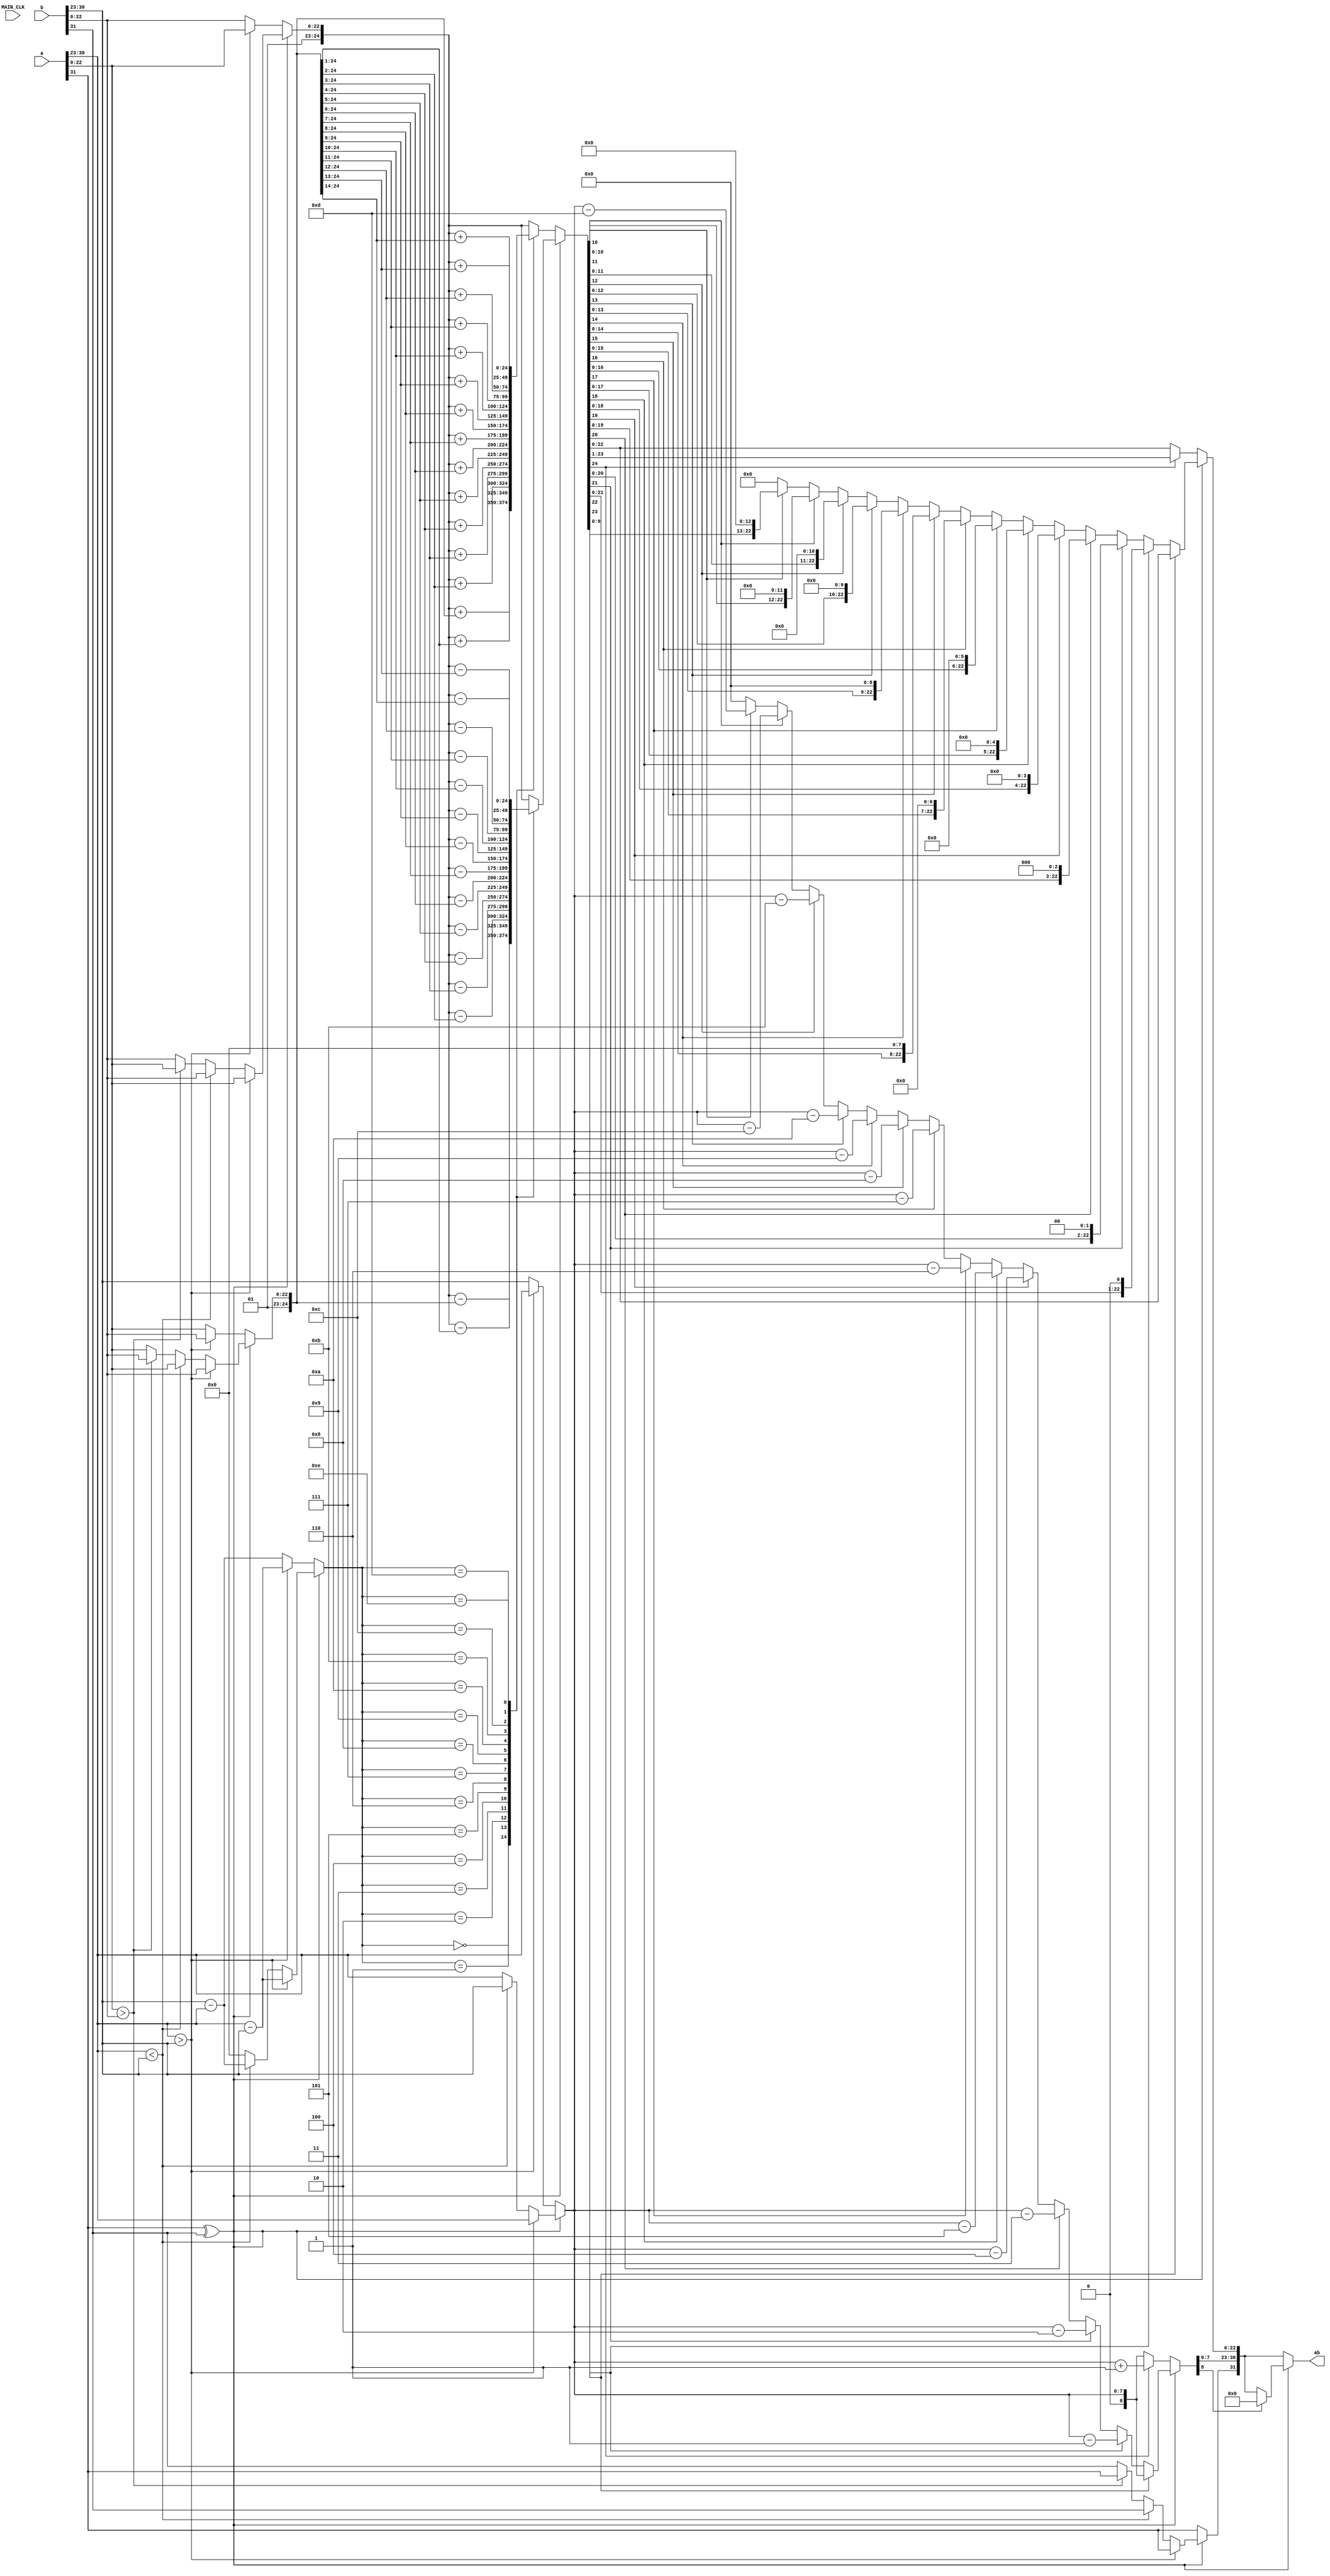
module add    //
(
	input wire MAIN_CLK,    
	input wire [31:0] a,
	input wire [31:0] b,
	
	output wire [31:0] ab
);
 
reg [7:0] pow_a;
reg [7:0] pow_b;
reg [22:0] val_a;
reg [22:0] val_b;
reg flag_a;
reg flag_b;
reg flag;

//
reg [24:0] val_max;
reg [24:0] val_min; 
reg [7:0] pow_diff;
reg [7:0] pow_ab1;
reg flag1;

//
reg [7:0] pow_ab2;
reg [24:0] val_ab1;
reg flag2;

//
reg [8:0] pow_ab3;
reg [23:0] val_ab2;
reg flag3;


always @(* )
begin

	flag_a = a[31];   //
	flag_b= b[31];
	flag = flag_a^flag_b;
	pow_a = a[30:23];
	pow_b = b[30:23];
	val_a = a[22:0];
	val_b = b[22:0];
	if (flag ) begin 
		if(pow_a > pow_b)    
		begin
			flag1 = flag_a;  //a
			pow_ab1 = pow_a;
			pow_diff = pow_a - pow_b;
			val_max = {2'b01,val_a};
			val_min = {2'b01,val_b};
		end
	else if(pow_a < pow_b) 
		begin
			flag1 = flag_b;  //b
			pow_ab1 = pow_b;
			pow_diff = pow_b - pow_a;
			val_max = {2'b01,val_b};
			val_min = {2'b01,val_a};
		end
	else
		begin
			pow_ab1 = pow_a;
			pow_diff = 0;
			if(val_a > val_b)
				begin
					flag1 = flag_a;  //a
					val_max = {2'b01,val_a};
					val_min = {2'b01,val_b};
				end
			else //if(val_a < val_b)
				begin
					flag1 = flag_b;  //b
					val_max = {2'b01,val_b};
					val_min = {2'b01,val_a};
				end 
		end 
	end
	
	else begin
		flag1 = flag_a;
	if(pow_a > pow_b)    
		begin
			pow_ab1 = pow_a;
			pow_diff = pow_a - pow_b;
			val_max = {2'b01,val_a};
			val_min = {2'b01,val_b};
		end
	else 
		begin
			pow_ab1 = pow_b;
			pow_diff = pow_b - pow_a;
			val_max = {2'b01,val_b};
			val_min = {2'b01,val_a};
		end
	
	end
	
		flag2 = flag1;
	pow_ab2 = pow_ab1;
	if (flag) begin
	case(pow_diff)
		0: begin val_ab1 = val_max - val_min; end
		1: begin val_ab1 = val_max - {1'b0,val_min[24:1]}; end
		2: begin val_ab1 = val_max - {2'b0,val_min[24:2]}; end
		3: begin val_ab1 = val_max - {3'b0,val_min[24:3]}; end
		4: begin val_ab1 = val_max - {4'b0,val_min[24:4]}; end
		5: begin val_ab1 = val_max - {5'b0,val_min[24:5]}; end
		6: begin val_ab1 = val_max - {6'b0,val_min[24:6]}; end
		7: begin val_ab1 = val_max - {7'b0,val_min[24:7]}; end
		8: begin val_ab1 = val_max - {8'b0,val_min[24:8]}; end
		9: begin val_ab1 = val_max - {9'b0,val_min[24:9]}; end
		10: begin val_ab1 = val_max - {10'b0,val_min[24:10]}; end
		11: begin val_ab1 = val_max - {11'b0,val_min[24:11]}; end
		12: begin val_ab1 = val_max - {12'b0,val_min[24:12]}; end
		13: begin val_ab1 = val_max - {13'b0,val_min[24:13]}; end
		14: begin val_ab1 = val_max - {14'b0,val_min[24:14]}; end
//		15: begin val_ab1 <= val_max - {15'b0,val_min[24:15]}; end
//		16: begin val_ab1 <= val_max - {16'b0,val_min[24:16]}; end
//		17: begin val_ab1 <= val_max - {17'b0,val_min[24:17]}; end
//		18: begin val_ab1 <= val_max - {18'b0,val_min[24:18]}; end
//		19: begin val_ab1 <= val_max - {19'b0,val_min[24:19]}; end
//		20: begin val_ab1 <= val_max - {20'b0,val_min[24:20]}; end
//		21: begin val_ab1 <= val_max - {21'b0,val_min[24:21]}; end
//		22: begin val_ab1 <= val_max - {22'b0,val_min[24:22]}; end
//		23: begin val_ab1 <= val_max - {23'b0,val_min[24:23]}; end
		default: begin val_ab1 = val_max; end
	endcase 
	end
	else begin
	case(pow_diff)
		0: begin val_ab1 = val_max + val_min; end
		1: begin val_ab1 = val_max + {1'b0,val_min[24:1]}; end
		2: begin val_ab1 = val_max + {2'b0,val_min[24:2]}; end
		3: begin val_ab1 = val_max + {3'b0,val_min[24:3]}; end
		4: begin val_ab1 = val_max + {4'b0,val_min[24:4]}; end
		5: begin val_ab1 = val_max + {5'b0,val_min[24:5]}; end
		6: begin val_ab1 = val_max + {6'b0,val_min[24:6]}; end
		7: begin val_ab1 = val_max + {7'b0,val_min[24:7]}; end
		8: begin val_ab1 = val_max + {8'b0,val_min[24:8]}; end
		9: begin val_ab1 = val_max + {9'b0,val_min[24:9]}; end
		10: begin val_ab1 = val_max + {10'b0,val_min[24:10]}; end
		11: begin val_ab1 = val_max + {11'b0,val_min[24:11]}; end
		12: begin val_ab1 = val_max + {12'b0,val_min[24:12]}; end
		13: begin val_ab1 = val_max + {13'b0,val_min[24:13]}; end
		14: begin val_ab1 = val_max + {14'b0,val_min[24:14]}; end
//		15: begin val_ab1 <= val_max + {15'b0,val_min[24:15]}; end
//		16: begin val_ab1 <= val_max + {16'b0,val_min[24:16]}; end
//		17: begin val_ab1 <= val_max + {17'b0,val_min[24:17]}; end
//		18: begin val_ab1 <= val_max + {18'b0,val_min[24:18]}; end
//		19: begin val_ab1 <= val_max + {19'b0,val_min[24:19]}; end
//		20: begin val_ab1 <= val_max + {20'b0,val_min[24:20]}; end
//		21: begin val_ab1 <= val_max + {21'b0,val_min[24:21]}; end
//		22: begin val_ab1 <= val_max + {22'b0,val_min[24:22]}; end
//		23: begin val_ab1 <= val_max + {23'b0,val_min[24:23]}; end
		default: begin val_ab1 = val_max; end
	endcase 
	end
	
	if (flag) begin 
	flag3 = flag2;
	if(val_ab1[23] == 1)   //
		begin
			pow_ab3 = pow_ab2;
			val_ab2 = val_ab1[23:0]; //
		end
	else if(val_ab1[22] == 1)
		begin
			pow_ab3 = pow_ab2 - 1;
			val_ab2 = {val_ab1[22:0],1'b0}; //			
		end
	else if(val_ab1[21] == 1)
		begin
			pow_ab3 = pow_ab2 - 2;
			val_ab2 = {val_ab1[21:0],2'b0}; //			
		end
	else if(val_ab1[20] == 1)
		begin
			pow_ab3 = pow_ab2 - 3;
			val_ab2 = {val_ab1[20:0],3'b0}; //			
		end
	else if(val_ab1[19] == 1)
		begin
			pow_ab3 = pow_ab2 - 4;
			val_ab2 = {val_ab1[19:0],4'b0}; //			
		end
	else if(val_ab1[18] == 1)
		begin
			pow_ab3 = pow_ab2 - 5;
			val_ab2 = {val_ab1[18:0],5'b0}; //			
		end
	else if(val_ab1[17] == 1)
		begin
			pow_ab3 = pow_ab2 - 6;
			val_ab2 = {val_ab1[17:0],6'b0}; //			
		end
	else if(val_ab1[16] == 1)
		begin
			pow_ab3 = pow_ab2 - 7;
			val_ab2 = {val_ab1[16:0],7'b0}; //			
		end
	else if(val_ab1[15] == 1)
		begin
			pow_ab3 = pow_ab2 - 8;
			val_ab2 = {val_ab1[15:0],8'b0}; //			
		end
	else if(val_ab1[14] == 1)
		begin
			pow_ab3 = pow_ab2 - 9;
			val_ab2 = {val_ab1[14:0],9'b0}; //			
		end
	else if(val_ab1[13] == 1)
		begin
			pow_ab3 = pow_ab2 - 10;
			val_ab2 = {val_ab1[13:0],10'b0}; //			
		end
	else if(val_ab1[12] == 1)
		begin
			pow_ab3 = pow_ab2 - 11;
			val_ab2 = {val_ab1[12:0],11'b0}; //			
		end
	else if(val_ab1[11] == 1)
		begin
			pow_ab3 = pow_ab2 - 12;
			val_ab2 = {val_ab1[11:0],12'b0}; //			
		end
	else if(val_ab1[10] == 1)
		begin
			pow_ab3 = pow_ab2 - 13;
			val_ab2 = {val_ab1[10:0],13'b0}; //			
		end		
	else
		begin
			pow_ab3 = 0;
			val_ab2 = 0;  
		end 
	end
	
	else begin
	flag3 = flag2;
	if(val_ab1[24] == 1)   //
		begin
			pow_ab3 = pow_ab2 + 1;
			val_ab2 = val_ab1[24:1]; //
		end
	else
		begin
			pow_ab3 = pow_ab2;
			val_ab2 = val_ab1[23:0]; //
		end 
	end
	

end

// 
assign ab = flag ?(pow_ab3[8]==1)?{32'h0}:{flag3,pow_ab3[7:0],val_ab2[22:0]} : {flag3,pow_ab3[7:0],val_ab2[22:0]};
 
endmodule 

/*
module test_add    //
(
	input wire MAIN_CLK,    
	input wire [31:0] a,
	input wire [31:0] b,
	
	output wire [31:0] ab
);
 
reg [7:0] pow_a;
reg [7:0] pow_b;
reg [22:0] val_a;
reg [22:0] val_b;
reg flag_a;
reg flag_b;
reg flag;
always @(*)
begin
	flag_a = a[31];   //
	flag_b= b[31];
	flag = flag_a^flag_b;
	pow_a = a[30:23];
	pow_b = b[30:23];
	val_a = a[22:0];
	val_b = b[22:0];
end
//
reg [24:0] val_max;
reg [24:0] val_min; 
reg [7:0] pow_diff;
reg [7:0] pow_ab1;
reg flag1;
always @(negedge MAIN_CLK )
begin
	if (flag ) begin 
		if(pow_a > pow_b)    
		begin
			flag1 <= flag_a;  //a
			pow_ab1 <= pow_a;
			pow_diff <= pow_a - pow_b;
			val_max <= {2'b01,val_a};
			val_min <= {2'b01,val_b};
		end
	else if(pow_a < pow_b) 
		begin
			flag1 <= flag_b;  //b
			pow_ab1 <= pow_b;
			pow_diff <= pow_b - pow_a;
			val_max <= {2'b01,val_b};
			val_min <= {2'b01,val_a};
		end
	else
		begin
			pow_ab1 <= pow_a;
			pow_diff <= 0;
			if(val_a > val_b)
				begin
					flag1 <= flag_a;  //a
					val_max <= {2'b01,val_a};
					val_min <= {2'b01,val_b};
				end
			else //if(val_a < val_b)
				begin
					flag1 <= flag_b;  //b
					val_max <= {2'b01,val_b};
					val_min <= {2'b01,val_a};
				end 
		end 
	end
	
	else begin
		flag1 <= flag_a;
	if(pow_a > pow_b)    
		begin
			pow_ab1 <= pow_a;
			pow_diff <= pow_a - pow_b;
			val_max <= {2'b01,val_a};
			val_min <= {2'b01,val_b};
		end
	else 
		begin
			pow_ab1 <= pow_b;
			pow_diff <= pow_b - pow_a;
			val_max <= {2'b01,val_b};
			val_min <= {2'b01,val_a};
		end
	
	end
	
end
//
reg [7:0] pow_ab2;
reg [24:0] val_ab1;
reg flag2;
always @(negedge MAIN_CLK )    //1
begin
	flag2 <= flag1;
	pow_ab2 <= pow_ab1;
	if (flag) begin
	case(pow_diff)
		0: begin val_ab1 <= val_max - val_min; end
		1: begin val_ab1 <= val_max - {1'b0,val_min[24:1]}; end
		2: begin val_ab1 <= val_max - {2'b0,val_min[24:2]}; end
		3: begin val_ab1 <= val_max - {3'b0,val_min[24:3]}; end
		4: begin val_ab1 <= val_max - {4'b0,val_min[24:4]}; end
		5: begin val_ab1 <= val_max - {5'b0,val_min[24:5]}; end
		6: begin val_ab1 <= val_max - {6'b0,val_min[24:6]}; end
		7: begin val_ab1 <= val_max - {7'b0,val_min[24:7]}; end
		8: begin val_ab1 <= val_max - {8'b0,val_min[24:8]}; end
		9: begin val_ab1 <= val_max - {9'b0,val_min[24:9]}; end
		10: begin val_ab1 <= val_max - {10'b0,val_min[24:10]}; end
		11: begin val_ab1 <= val_max - {11'b0,val_min[24:11]}; end
		12: begin val_ab1 <= val_max - {12'b0,val_min[24:12]}; end
		13: begin val_ab1 <= val_max - {13'b0,val_min[24:13]}; end
		14: begin val_ab1 <= val_max - {14'b0,val_min[24:14]}; end
//		15: begin val_ab1 <= val_max - {15'b0,val_min[24:15]}; end
//		16: begin val_ab1 <= val_max - {16'b0,val_min[24:16]}; end
//		17: begin val_ab1 <= val_max - {17'b0,val_min[24:17]}; end
//		18: begin val_ab1 <= val_max - {18'b0,val_min[24:18]}; end
//		19: begin val_ab1 <= val_max - {19'b0,val_min[24:19]}; end
//		20: begin val_ab1 <= val_max - {20'b0,val_min[24:20]}; end
//		21: begin val_ab1 <= val_max - {21'b0,val_min[24:21]}; end
//		22: begin val_ab1 <= val_max - {22'b0,val_min[24:22]}; end
//		23: begin val_ab1 <= val_max - {23'b0,val_min[24:23]}; end
		default: begin val_ab1 <= val_max; end
	endcase 
	end
	else begin
	case(pow_diff)
		0: begin val_ab1 <= val_max + val_min; end
		1: begin val_ab1 <= val_max + {1'b0,val_min[24:1]}; end
		2: begin val_ab1 <= val_max + {2'b0,val_min[24:2]}; end
		3: begin val_ab1 <= val_max + {3'b0,val_min[24:3]}; end
		4: begin val_ab1 <= val_max + {4'b0,val_min[24:4]}; end
		5: begin val_ab1 <= val_max + {5'b0,val_min[24:5]}; end
		6: begin val_ab1 <= val_max + {6'b0,val_min[24:6]}; end
		7: begin val_ab1 <= val_max + {7'b0,val_min[24:7]}; end
		8: begin val_ab1 <= val_max + {8'b0,val_min[24:8]}; end
		9: begin val_ab1 <= val_max + {9'b0,val_min[24:9]}; end
		10: begin val_ab1 <= val_max + {10'b0,val_min[24:10]}; end
		11: begin val_ab1 <= val_max + {11'b0,val_min[24:11]}; end
		12: begin val_ab1 <= val_max + {12'b0,val_min[24:12]}; end
		13: begin val_ab1 <= val_max + {13'b0,val_min[24:13]}; end
		14: begin val_ab1 <= val_max + {14'b0,val_min[24:14]}; end
//		15: begin val_ab1 <= val_max + {15'b0,val_min[24:15]}; end
//		16: begin val_ab1 <= val_max + {16'b0,val_min[24:16]}; end
//		17: begin val_ab1 <= val_max + {17'b0,val_min[24:17]}; end
//		18: begin val_ab1 <= val_max + {18'b0,val_min[24:18]}; end
//		19: begin val_ab1 <= val_max + {19'b0,val_min[24:19]}; end
//		20: begin val_ab1 <= val_max + {20'b0,val_min[24:20]}; end
//		21: begin val_ab1 <= val_max + {21'b0,val_min[24:21]}; end
//		22: begin val_ab1 <= val_max + {22'b0,val_min[24:22]}; end
//		23: begin val_ab1 <= val_max + {23'b0,val_min[24:23]}; end
		default: begin val_ab1 <= val_max; end
	endcase 
	end
	
end 	 
//
reg [8:0] pow_ab3;
reg [23:0] val_ab2;
reg flag3;
always @(negedge MAIN_CLK )
begin

	if (flag) begin 
	flag3 <= flag2;
	if(val_ab1[23] == 1)   //
		begin
			pow_ab3 <= pow_ab2;
			val_ab2 <= val_ab1[23:0]; //
		end
	else if(val_ab1[22] == 1)
		begin
			pow_ab3 <= pow_ab2 - 1;
			val_ab2 <= {val_ab1[22:0],1'b0}; //			
		end
	else if(val_ab1[21] == 1)
		begin
			pow_ab3 <= pow_ab2 - 2;
			val_ab2 <= {val_ab1[21:0],2'b0}; //			
		end
	else if(val_ab1[20] == 1)
		begin
			pow_ab3 <= pow_ab2 - 3;
			val_ab2 <= {val_ab1[20:0],3'b0}; //			
		end
	else if(val_ab1[19] == 1)
		begin
			pow_ab3 <= pow_ab2 - 4;
			val_ab2 <= {val_ab1[19:0],4'b0}; //			
		end
	else if(val_ab1[18] == 1)
		begin
			pow_ab3 <= pow_ab2 - 5;
			val_ab2 <= {val_ab1[18:0],5'b0}; //			
		end
	else if(val_ab1[17] == 1)
		begin
			pow_ab3 <= pow_ab2 - 6;
			val_ab2 <= {val_ab1[17:0],6'b0}; //			
		end
	else if(val_ab1[16] == 1)
		begin
			pow_ab3 <= pow_ab2 - 7;
			val_ab2 <= {val_ab1[16:0],7'b0}; //			
		end
	else if(val_ab1[15] == 1)
		begin
			pow_ab3 <= pow_ab2 - 8;
			val_ab2 <= {val_ab1[15:0],8'b0}; //			
		end
	else if(val_ab1[14] == 1)
		begin
			pow_ab3 <= pow_ab2 - 9;
			val_ab2 <= {val_ab1[14:0],9'b0}; //			
		end
	else if(val_ab1[13] == 1)
		begin
			pow_ab3 <= pow_ab2 - 10;
			val_ab2 <= {val_ab1[13:0],10'b0}; //			
		end
	else if(val_ab1[12] == 1)
		begin
			pow_ab3 <= pow_ab2 - 11;
			val_ab2 <= {val_ab1[12:0],11'b0}; //			
		end
	else if(val_ab1[11] == 1)
		begin
			pow_ab3 <= pow_ab2 - 12;
			val_ab2 <= {val_ab1[11:0],12'b0}; //			
		end
	else if(val_ab1[10] == 1)
		begin
			pow_ab3 <= pow_ab2 - 13;
			val_ab2 <= {val_ab1[10:0],13'b0}; //			
		end		
	else
		begin
			pow_ab3 <= 0;
			val_ab2 <= 0;  
		end 
	end
	
	else begin
	flag3 <= flag2;
	if(val_ab1[24] == 1)   //
		begin
			pow_ab3 <= pow_ab2 + 1;
			val_ab2 <= val_ab1[24:1]; //
		end
	else
		begin
			pow_ab3 <= pow_ab2;
			val_ab2 <= val_ab1[23:0]; //
		end 
	end
end
// 
assign ab = flag ?(pow_ab3[8]==1)?{32'h0}:{flag3,pow_ab3[7:0],val_ab2[22:0]} : {flag3,pow_ab3[7:0],val_ab2[22:0]};
 
endmodule 
*/